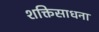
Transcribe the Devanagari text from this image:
शक्तिसाधना